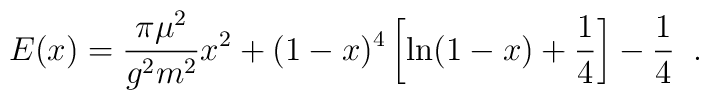
E(x)=\frac{\pi\mu^2}{g^2m^2}x^2 +(1-x)^4\left[\ln(1-x)+\frac{1}{4}\right]-\frac{1}{4}\;\;.